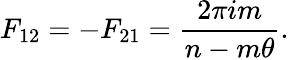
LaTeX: F_{12}=-F_{21}=\frac{2\pi im}{n-m\theta}.